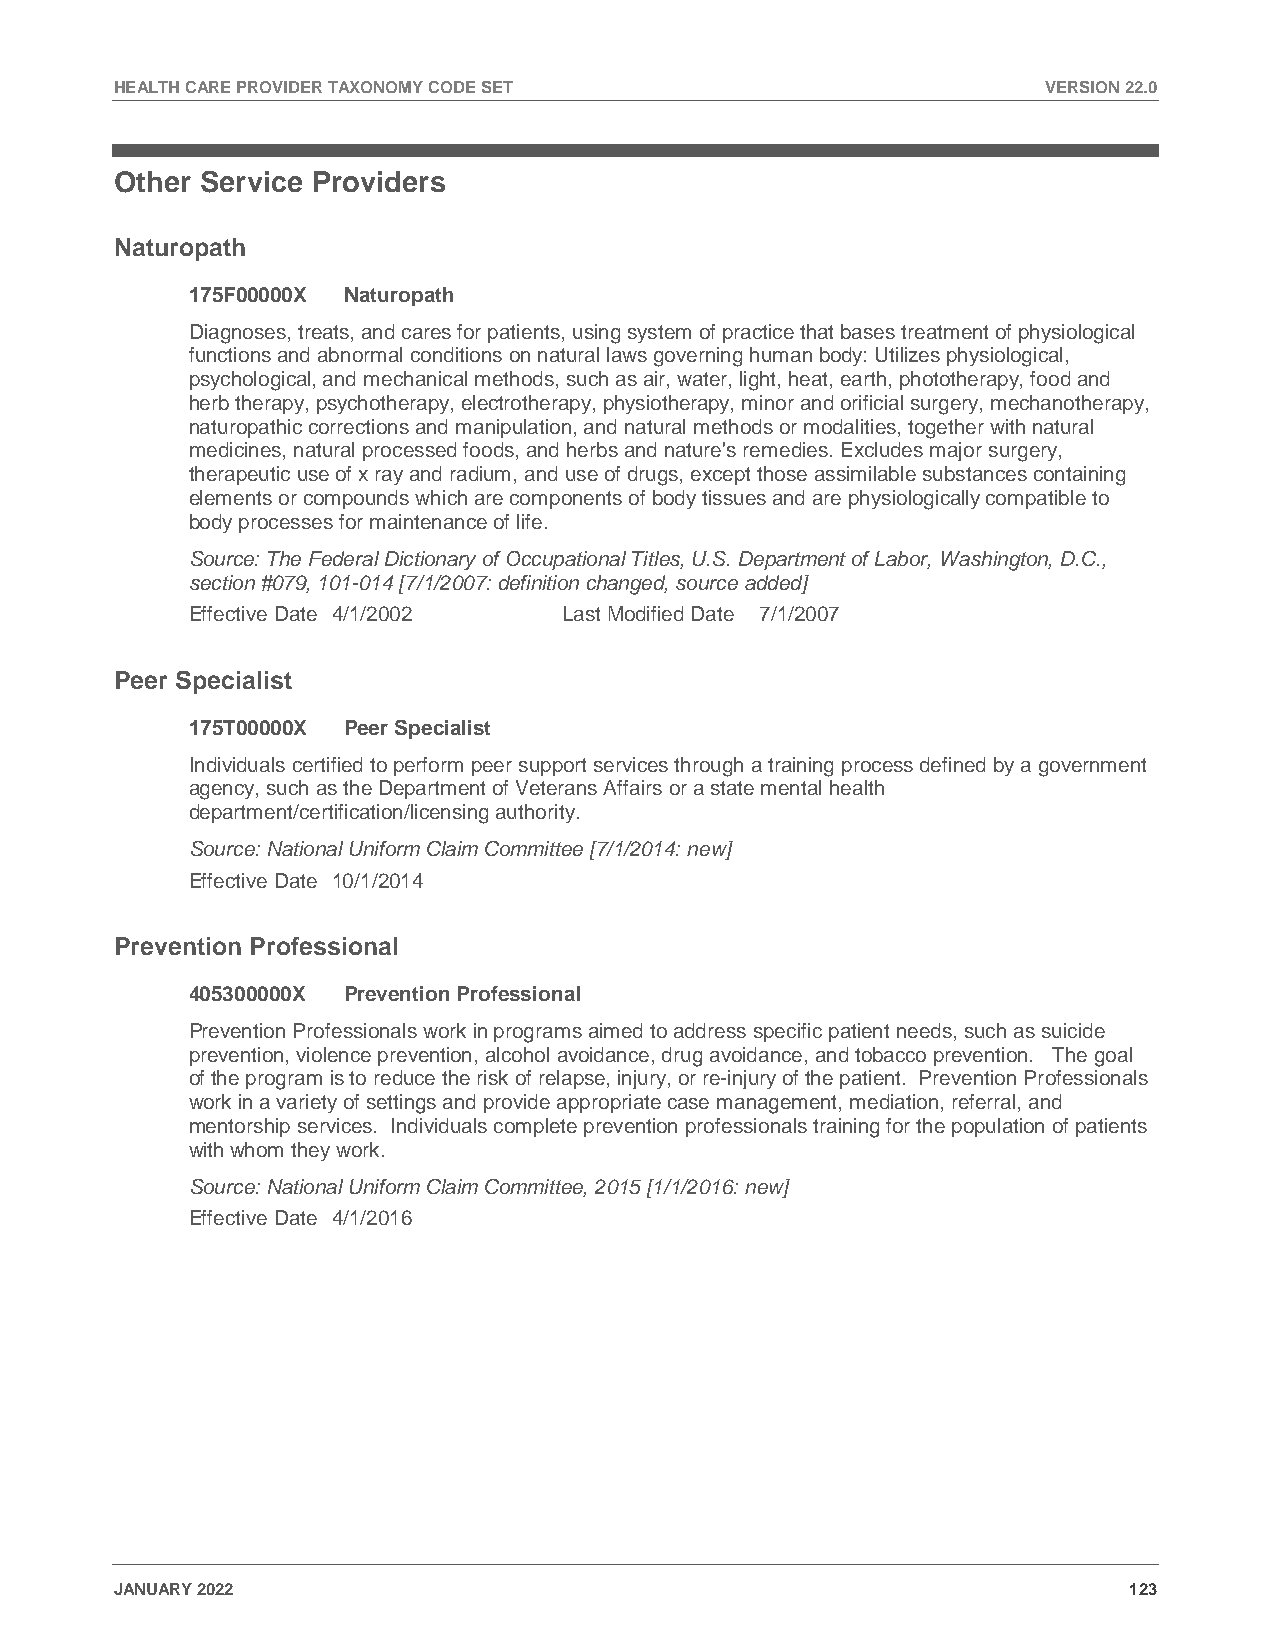
HEALTH CARE PROVIDER TAXONOMY CODE SET                       VERSION 22.0
 Other Service Providers
 Naturopath
 175F00000X Naturopath
 Diagnoses, treats, and cares for patients, using system of practice that bases treatment of physiological
 functions and abnormal conditions on natural laws governing human body: Utilizes physiological,
 psychological, and mechanical methods, such as air, water, light, heat, earth, phototherapy, food and
 herb therapy, psychotherapy, electrotherapy, physiotherapy, minor and orificial surgery, mechanotherapy,
 naturopathic corrections and manipulation, and natural methods or modalities, together with natural
 medicines, natural processed foods, and herbs and nature's remedies. Excludes major surgery,
 therapeutic use of x ray and radium, and use of drugs, except those assimilable substances containing
 elements or compounds which are components of body tissues and are physiologically compatible to
 body processes for maintenance of life.
 Source: The Federal Dictionary of Occupational Titles, U.S. Department of Labor, Washington, D.C.,
 section #079, 101-014 [7/1/2007: definition changed, source added]
 Effective Date 4/1/2002  Last Modified Date 7/1/2007
 Peer Specialist
 175T00000X Peer Specialist
 Individuals certified to perform peer support services through a training process defined by a government
 agency, such as the Department of Veterans Affairs or a state mental health
 department/certification/licensing authority.
 Source: National Uniform Claim Committee [7/1/2014: new]
 Effective Date 10/1/2014
 Prevention Professional
 405300000X Prevention Professional
 Prevention Professionals work in programs aimed to address specific patient needs, such as suicide
 prevention, violence prevention, alcohol avoidance, drug avoidance, and tobacco prevention. The goal
 of the program is to reduce the risk of relapse, injury, or re-injury of the patient. Prevention Professionals
 work in a variety of settings and provide appropriate case management, mediation, referral, and
 mentorship services. Individuals complete prevention professionals training for the population of patients
 with whom they work.
 Source: National Uniform Claim Committee, 2015 [1/1/2016: new]
 Effective Date 4/1/2016
 JANUARY 2022                                                       123